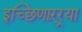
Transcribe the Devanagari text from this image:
इच्छिणाऱ्र्‍या